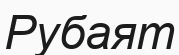
Рубаят